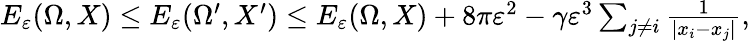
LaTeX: \begin{array}{r}{E_{\varepsilon}(\Omega,X)\leq E_{\varepsilon}(\Omega^{\prime},X^{\prime})\leq E_{\varepsilon}(\Omega,X)+8\pi\varepsilon^{2}-\gamma\varepsilon^{3}\sum_{j\not=i}{\frac{1}{|x_{i}-x_{j}|}},}\end{array}